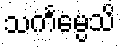
သင်္ကမ္ပေသိ